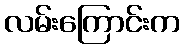
လမ်းကြောင်းက